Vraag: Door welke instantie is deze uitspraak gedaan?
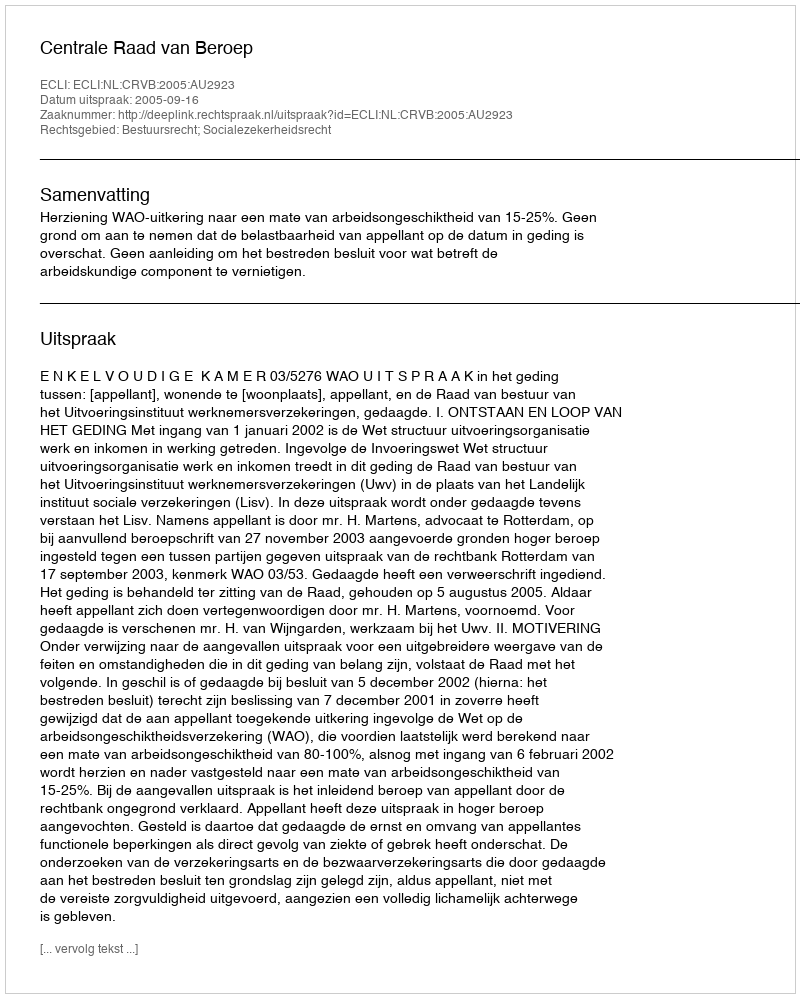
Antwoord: Centrale Raad van Beroep